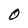
Character: O